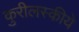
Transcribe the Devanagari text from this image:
कुरीलस्कीये